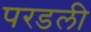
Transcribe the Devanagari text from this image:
परडली